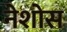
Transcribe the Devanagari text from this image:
नेशोस